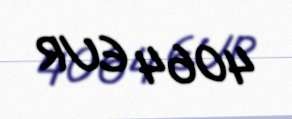
4064 EUR